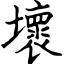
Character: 壞